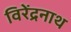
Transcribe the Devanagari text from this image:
विरेंद्रनाथ